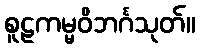
စူဠကမ္မဝိဘင်္ဂသုတ်။